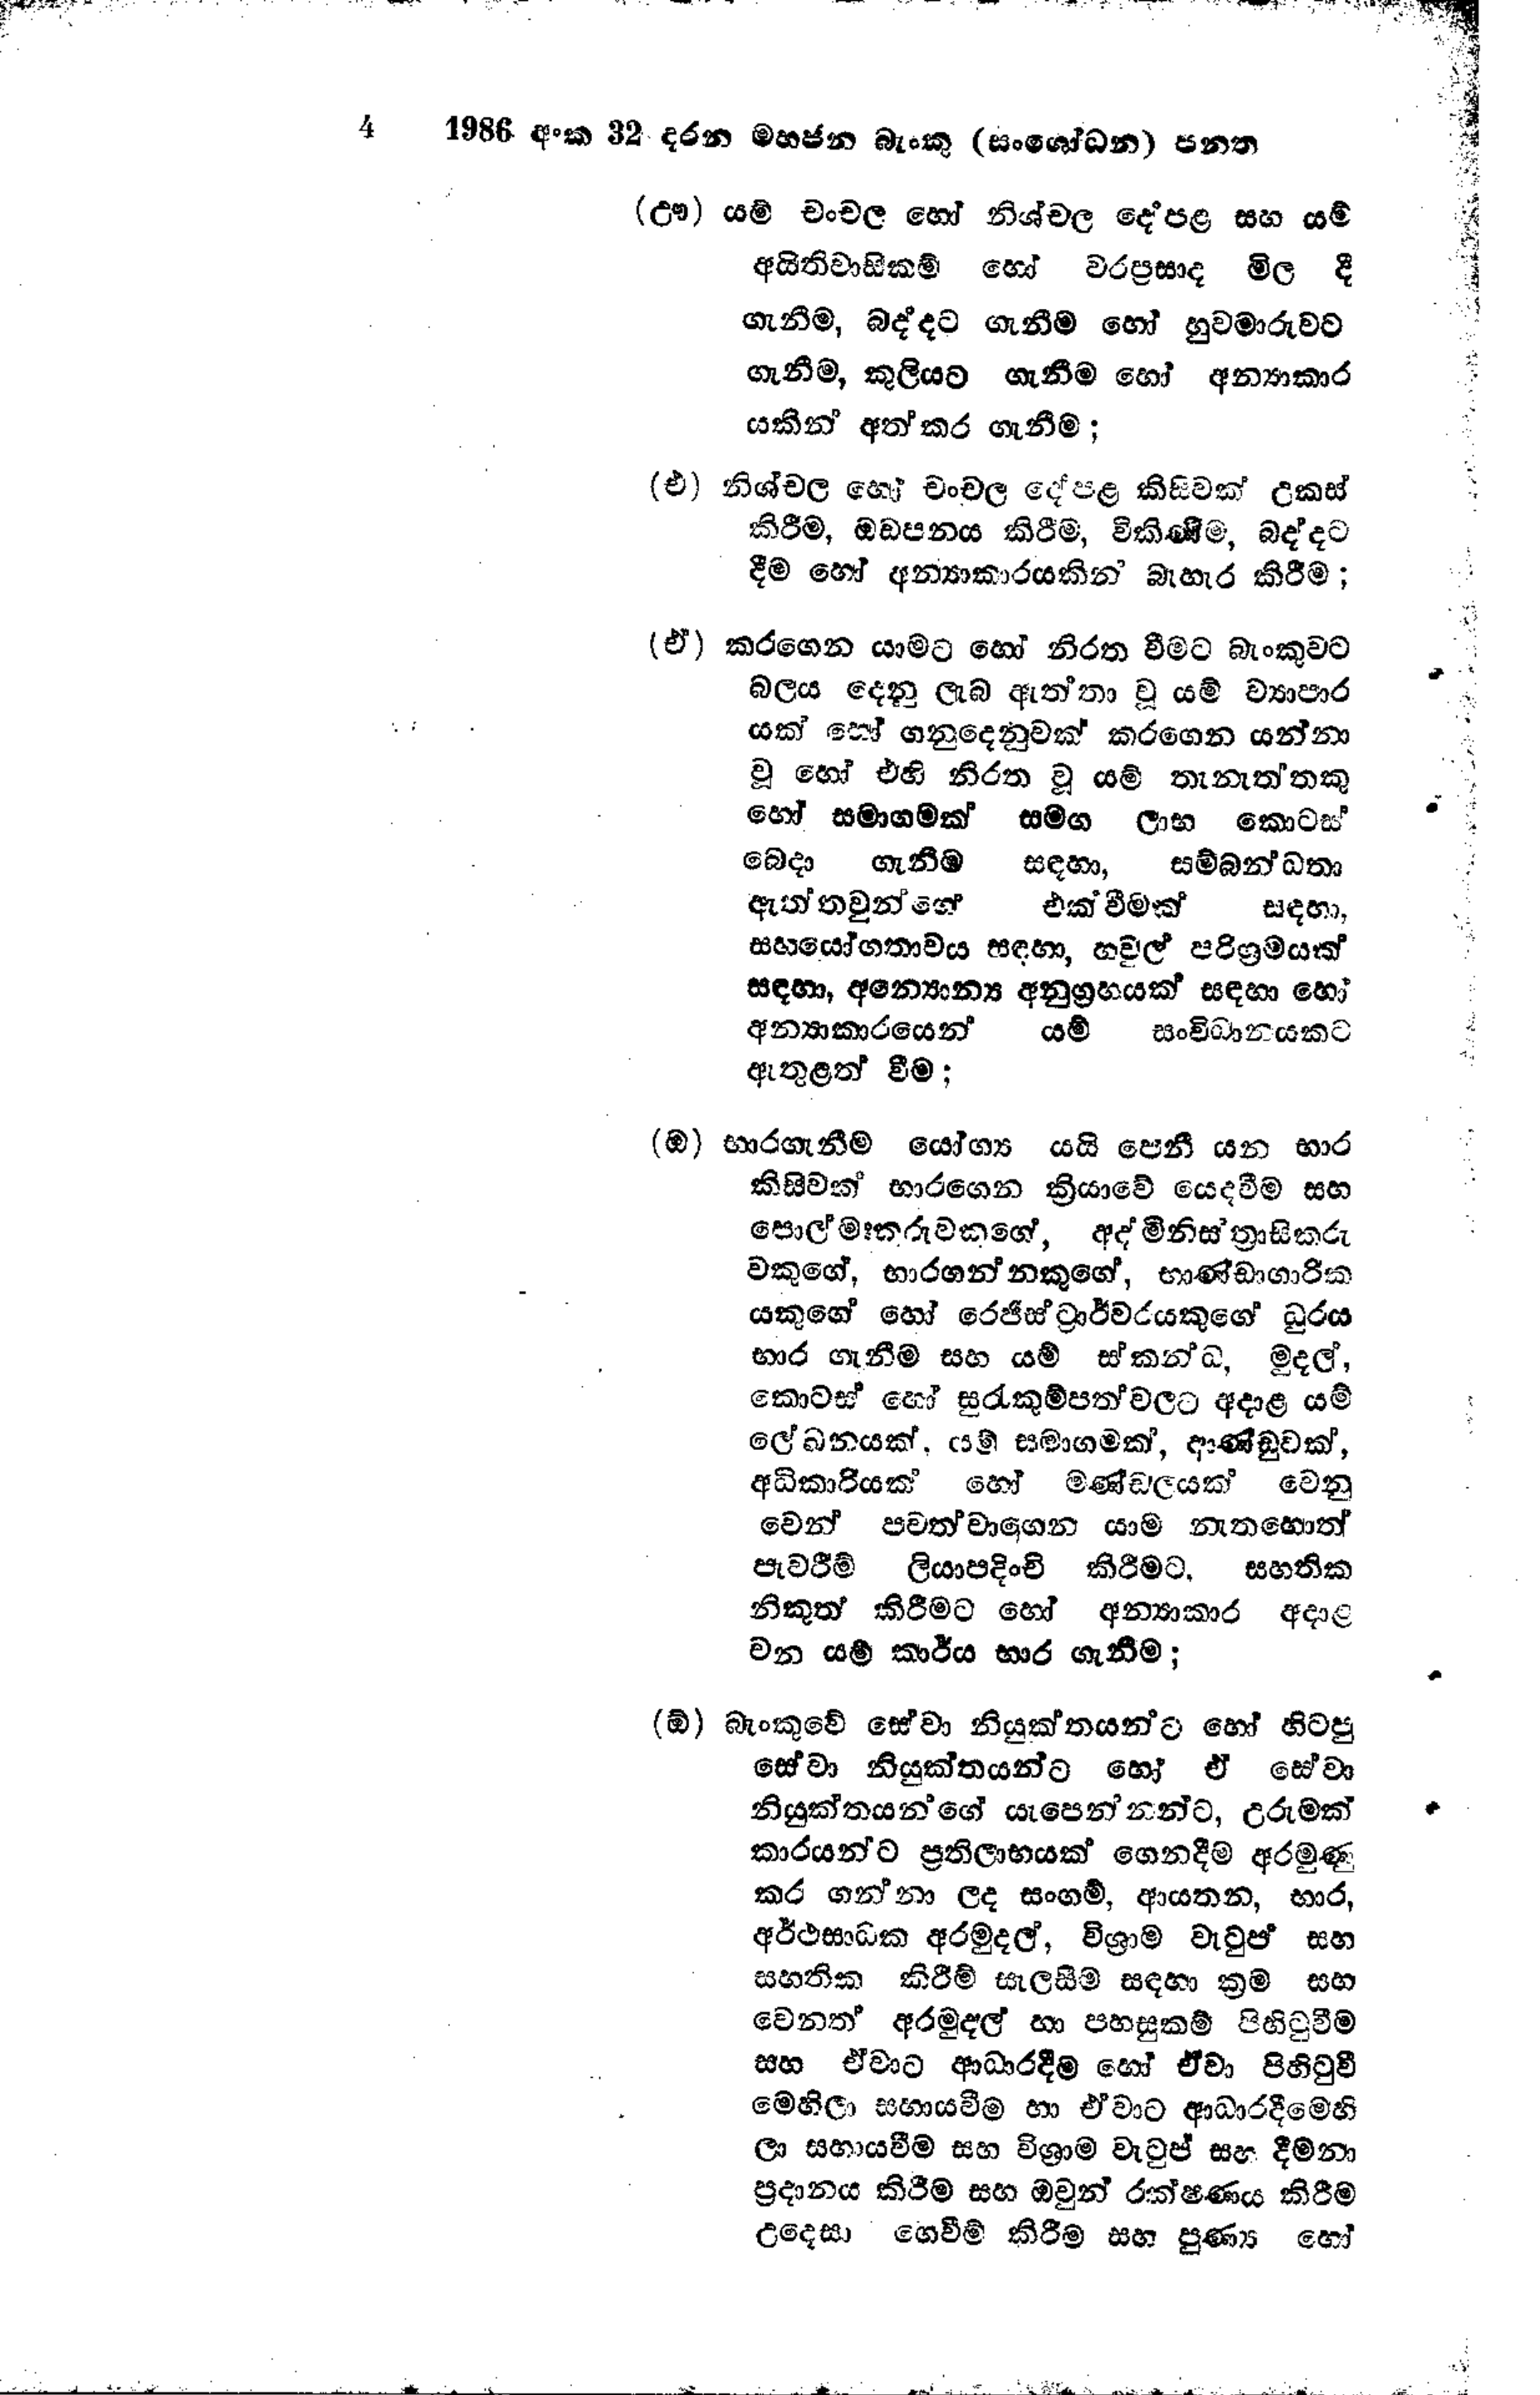
4 1986 අංක 32 දරන මහජන බැංකු (සංශෝධන) පනත

(ඌ) යම් චංචල හෝ නිශ්චල දේපළ සහ යම්
අයිතිවාසිකම් හෝ වරප්‍රසාද මිල දී
ගැනීම, බද්දට ගැනීම හෝ හුවමාරුවට
ගැනීම,කුලියට ගැනීම හෝ අන්‍යාකාර
යකින් අත්කර ගැනීම ;

(එ) නිශ්චල හෝ චංචල දේපළ කිසිවක් උකස්
කිරීම, ඔඩපනය කිරීම්, විකිණීම, බද්දට
දීම හෝ අන්‍යාකාරයකින් බැහැර කිරීම;

(ඒ) කරගෙන යාමට හෝ නිරත වීමට බැංකුවට
බලය දෙනු ලැබ ඇත්තා වූ යම් ව්‍යාපාර
යක් හෝ ගනුදෙනුවක් කරගෙන යන්නා
වූ හෝ එහි නිරත වූ යම් තැනැත්තකු
හෝ සමාගමක් සමඟ ලාභ කොටස්
බෙදා ගැනීම සඳහා, සම්බන්ධතා
ඇත්තවුන්ගේ එක් වීමක් සඳහා,
සහයෝගතාවය සඳහා, හවුල් පරිශ්‍රමයක්
සඳහා, අන්‍යෝන්‍ය අනුග්‍රහයක් සඳහා හෝ
අන්‍යාකාරයෙන් යම් සංවිධානයකට
ඇතුළත් වීම;

(ඔ) භාරගැනීම් යෝග්‍ය යයි පෙනී යන භාර
කිසිවක් භාරගෙන ක්‍රියාවේ යෙදවීම සහ
පොල්මඃකරුවකුගේ, අද්මිනිස්ත්‍රාසිකරු
වකුගේ, භාරගන්නකුගේ, භාණ්ඩාගාරික
යකුගේ හෝ රෙජිස්ට්‍රාර්වරයකුගේ ධුරය
භාර ගැනීම සහ යම් ස්කන්ධ, මුදල්,
කොටස් හෝ සුරැකුම්පත්වලට අදාළ යම්
ලේඛනයක්, යම් සමාගමක්, ආණ්ඩුවක්,
අධිකාරියක් හෝ මණ්ඩලයක් වෙනු
වෙන් පවත්වාගෙන යාම නැතහොත්
පැවරීම් ලියාපදිංචි කිරීමට. සහතික
නිකුත් කිරීමට හෝ අන්‍යාකාර අදාළ
වන යම් කාර්ය භාර ගැනීම;

(ඕ) බැංකුවේ සේවා නියුක්තයන්ට හෝ හිටපු
සේවා නියුක්තයන්ට හෝ ඒ සේවා
නියුක්තයන්ගේ යැපෙන්නන්ට, උරුමක්
කාරයන්ට ප්‍රතිලාභයක් ගෙනදීම අරමුණු
කර ගන්නා ලද සංගම්, ආයතන, භාර,
අර්ථසාධක අරමුදල්, විශ්‍රාම වැටුප් සහ
සහතික කිරීම් සැලසීම සඳහා ක්‍රම සහ
වෙනත් අරමුදල් හා පහසුකම් පිහිටුවීම
සහ ඒවාට ආධාරදීම හෝ ඒවා පිහිටුවී
මෙහිලා සහාය වීම හා ඒවාට ආධාරදීමෙහි
ලා සහායවීම සහ විශ්‍රාම වැටුප් සහ දීමනා
ප්‍රදානය කිරීම සහ ඔවුන් රක්ෂණය කිරීම
උදෙසා ගෙවීම් කිරීම සහ පුණ්‍ය හෝ